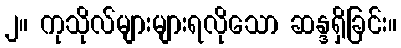
၂။ ကုသိုလ်များများရလိုသော ဆန္ဒရှိခြင်း။